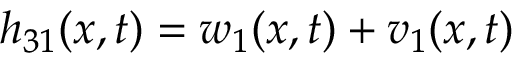
h _ { 3 1 } ( x , t ) = w _ { 1 } ( x , t ) + v _ { 1 } ( x , t )